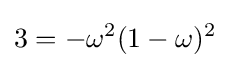
3=-\omega ^{2}(1-\omega )^{2}